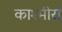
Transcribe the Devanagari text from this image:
काश्मीरा